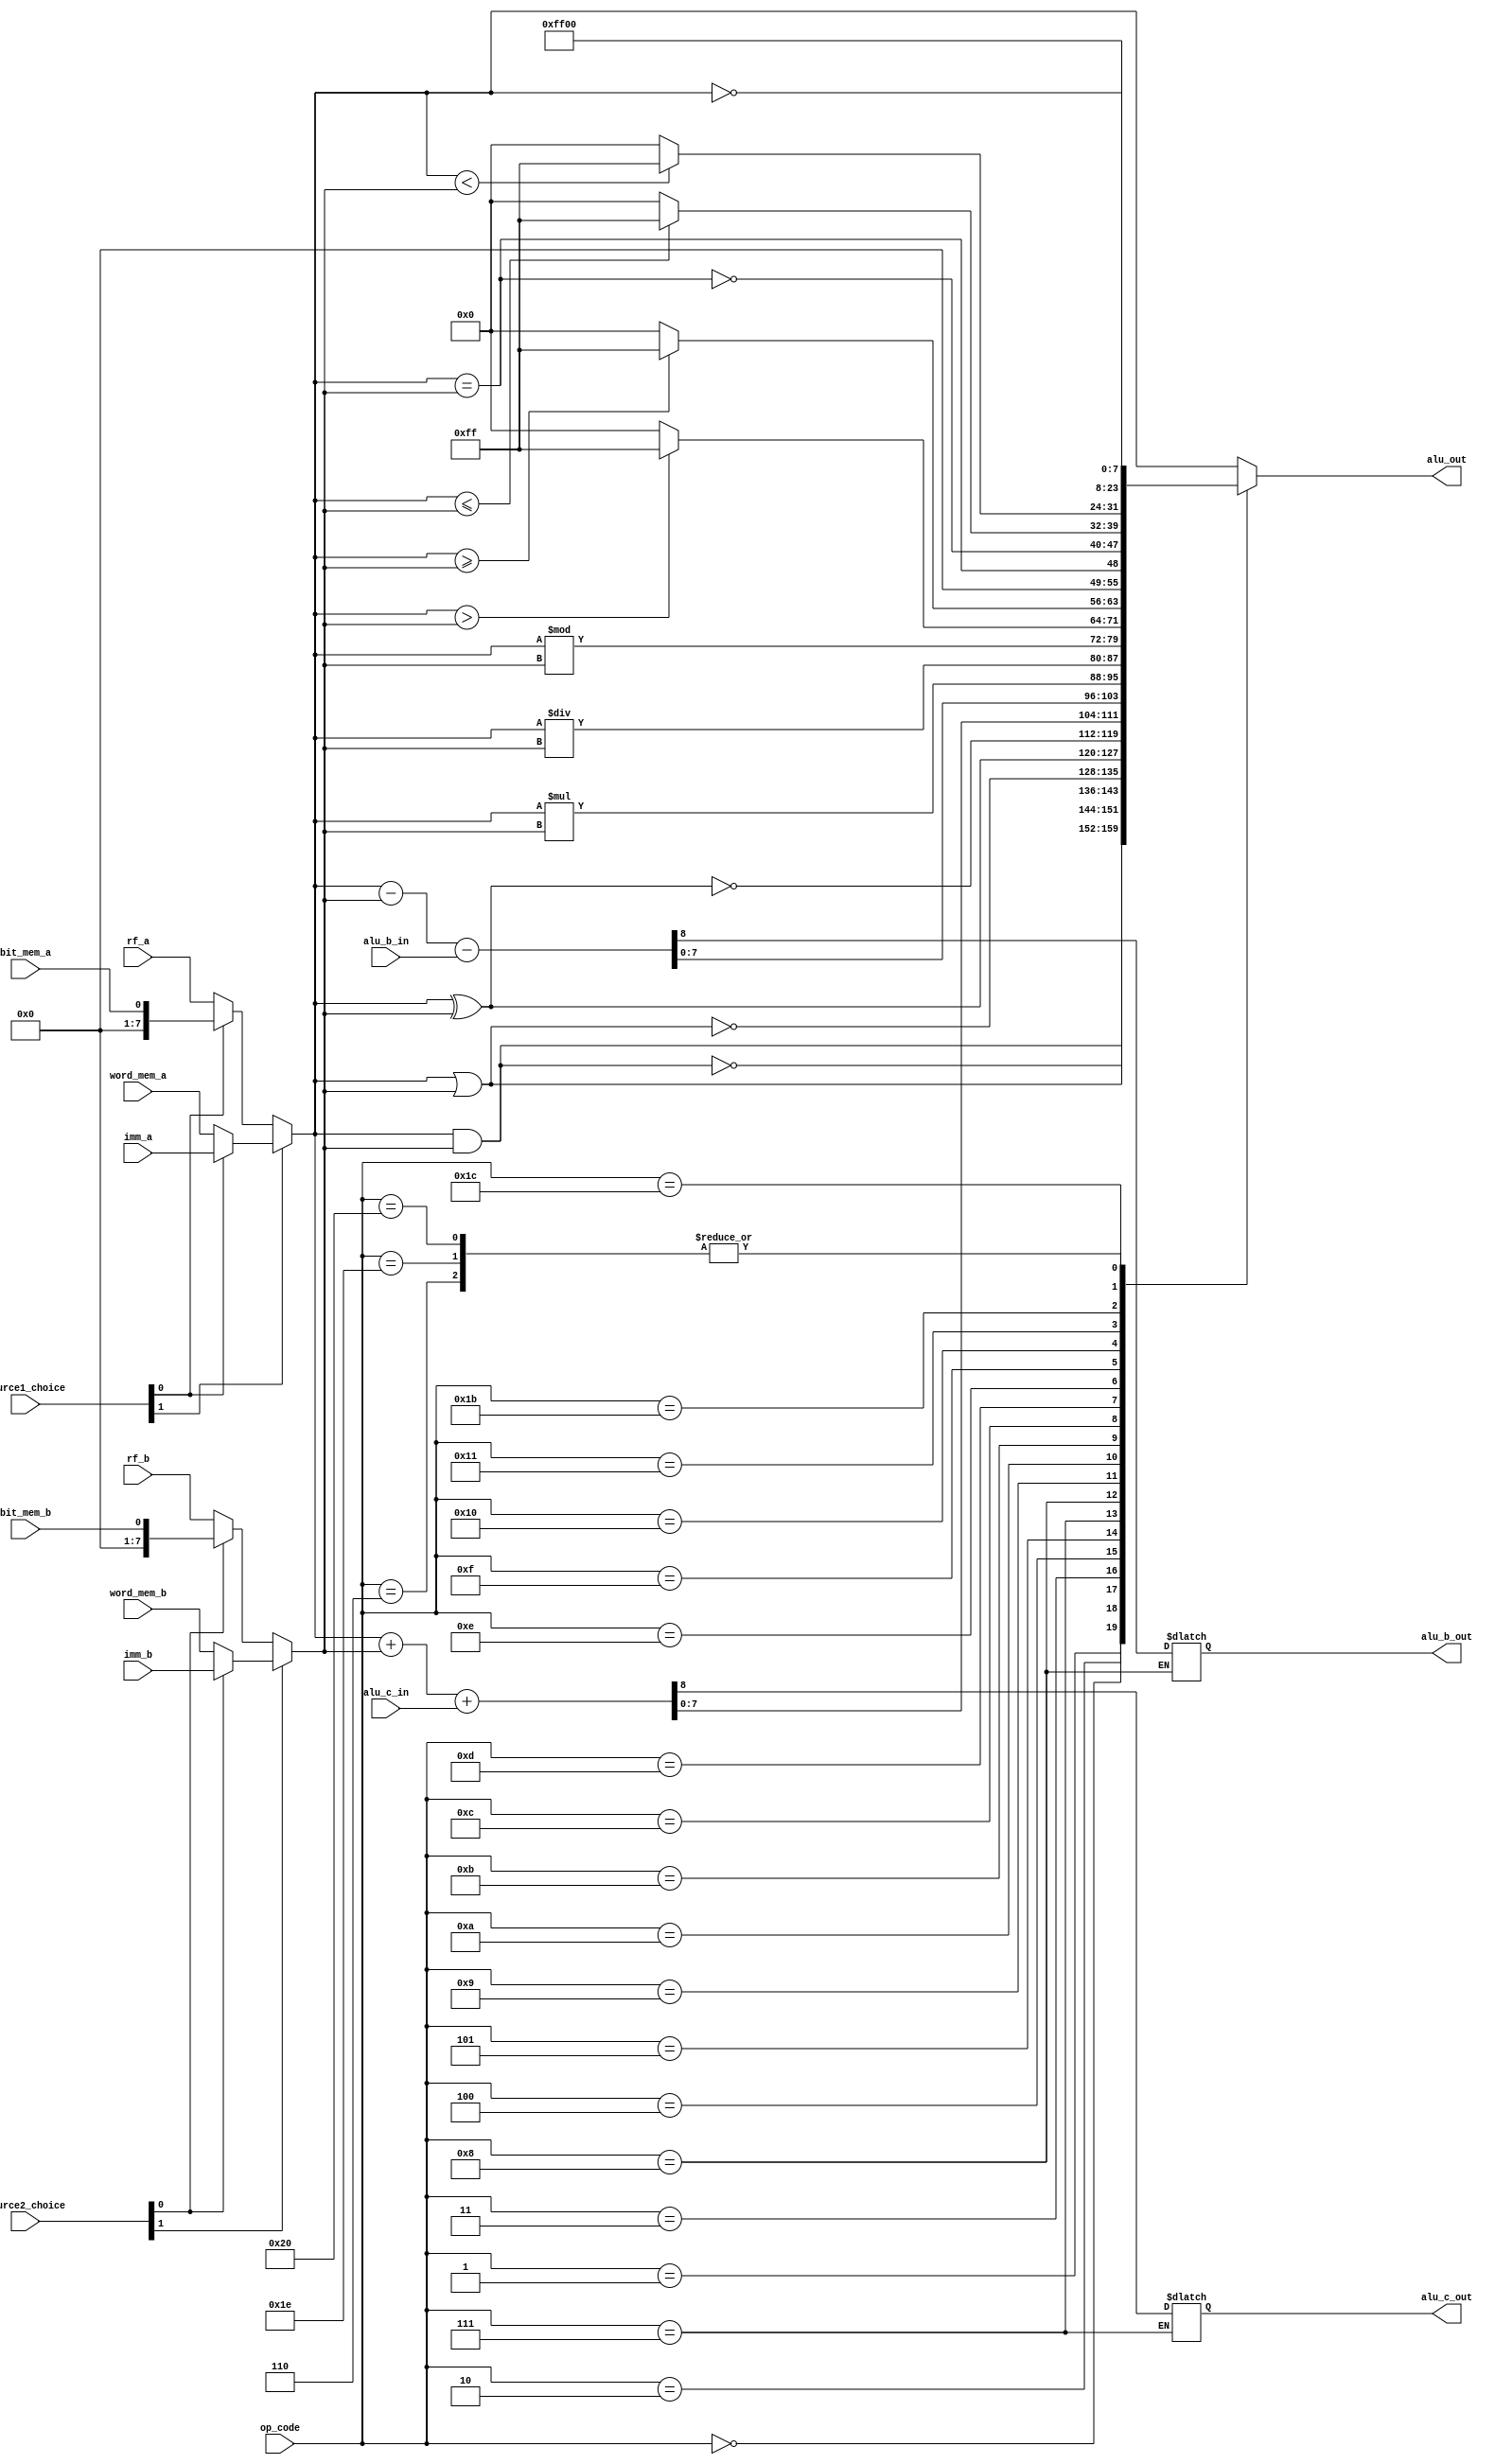
`timescale 1ns/100ps

module alu #(
    parameter WIDTH = 8,
    parameter IWIDTH = 8,
    parameter SOURCES = 4
)(
    op_code,

    source1_choice,
    bit_mem_a,
    word_mem_a,
    rf_a,
    imm_a,

    source2_choice,
    bit_mem_b,
    word_mem_b,
    rf_b,
    imm_b,

    alu_c_in,
    alu_b_in,
    alu_c_out,
    alu_b_out,
    alu_out
);

input [IWIDTH-1:0] op_code; 

input [$clog2(SOURCES)-1:0] source1_choice;
input bit_mem_a;
input [WIDTH-1:0] word_mem_a;
input [WIDTH-1:0] rf_a;
input [WIDTH-1:0] imm_a;
wire [WIDTH-1:0] in_a;

input [$clog2(SOURCES)-1:0] source2_choice;
input bit_mem_b;
input [WIDTH-1:0] word_mem_b;
input [WIDTH-1:0] rf_b;
input [WIDTH-1:0] imm_b;
wire [WIDTH-1:0] in_b;

input alu_c_in;
input alu_b_in;

output reg [WIDTH-1:0] alu_out;
output reg alu_c_out;
output reg alu_b_out;

assign in_a = (source1_choice[1] ? (source1_choice[0] ? imm_a : word_mem_a) : (source1_choice[0] ? bit_mem_a : rf_a));
assign in_b = (source2_choice[1] ? (source2_choice[0] ? imm_b : word_mem_b) : (source2_choice[0] ? bit_mem_b : rf_b));

initial begin
    alu_c_out = 1'b0;
    alu_b_out = 1'b0;
end

always @(*) begin
    case(op_code)
        8'h00: alu_out = in_a & in_b; //AND
        8'h01: alu_out = ~(in_a & in_b);//ANDN
        8'h02: alu_out = in_a | in_b; //OR
        8'h03: alu_out = ~(in_a | in_b); //ORN
        8'h04: alu_out = in_a ^ in_b; //XOR
        8'h05: alu_out = ~(in_a ^ in_b); //XORN
        8'h06: alu_out = ~in_a; //NOT
        8'h07: {alu_c_out, alu_out} = in_a + in_b + alu_c_in; //ADD
        8'h08: {alu_b_out, alu_out} = in_a - in_b - alu_b_in; //SUB
        8'h09: alu_out = in_a * in_b; //MUL
        8'h0A: alu_out = in_a / in_b; //DIV
        8'h0B: alu_out = in_a % in_b; //MOD
        8'h0C: alu_out = (in_a > in_b) ? 8'hFF : 8'h00; //GT
        8'h0D: alu_out = (in_a >= in_b) ? 8'hFF : 8'h00; //GE
        8'h0E: alu_out = (in_a == in_b);  //EQ
        8'h0F: alu_out = ~(in_a == in_b); //NE
        8'h10: alu_out = (in_a <= in_b) ? 8'hFF : 8'h00; //LE
        8'h11: alu_out = (in_a < in_b) ? 8'hFF : 8'h00; //LT
        8'h1B: alu_out = {WIDTH{1'b1}}; //S
        8'h1C: alu_out = {WIDTH{1'b0}}; //R
        8'h1D: alu_out = in_a; //ST
        8'h1E: alu_out = ~in_a; //STN
        8'h1F: alu_out = in_a; //LD
        8'h20: alu_out = ~in_a; //LDN
        default: alu_out = in_a;
    endcase
end

endmodule